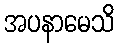
အပနာမေသိ